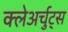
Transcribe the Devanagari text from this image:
क्लेअर्चुट्स